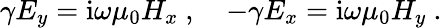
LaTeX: \gamma E_{y}=\mathrm{i}\omega\mu_{0}H_{x}\ ,\quad-\gamma E_{x}=\mathrm{i}\omega\mu_{0}H_{y}\ .